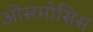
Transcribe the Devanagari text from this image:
ओसमोसिस